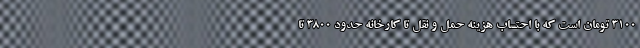
۳۱۰۰ تومان است که با احتساب هزینه حمل و نقل تا کارخانه حدود ۳۸۰۰ تا